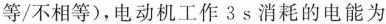
等/不相等)，电动机工作3s消耗的电能为